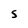
Character: 5